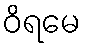
ဝိရမေ